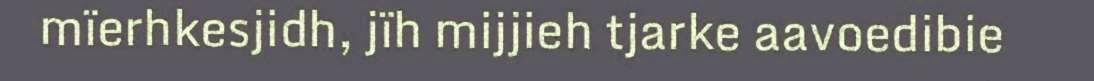
mïerhkesjidh, jïh mijjieh tjarke aavoedibie